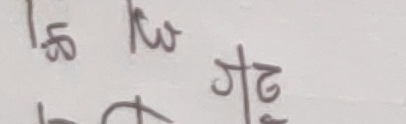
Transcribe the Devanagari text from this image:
लु रु
जु/२